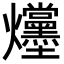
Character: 𪺌